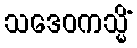
သဒေဝကသ္မိံ